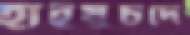
হাইয়ুচদে